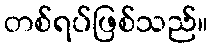
တစ်ရပ်ဖြစ်သည်။